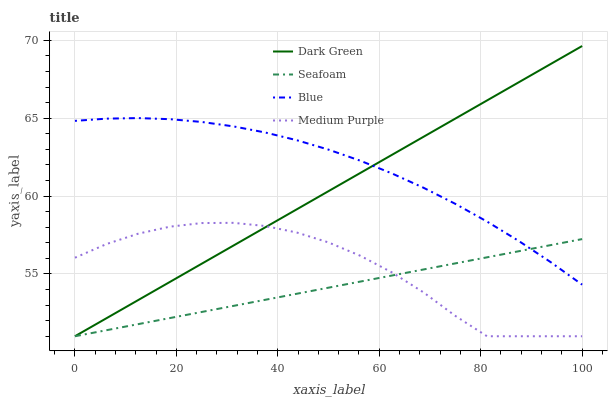
| xaxis_label | Dark Green | Seafoam | Blue | Medium Purple |
 | --- | --- | --- | --- | --- |
 | 0 | 51 | 51 | 64.8 | 56 |
 | 6.25 | 52.2 | 51.4 | 65 | 56.9 |
 | 12.5 | 53.3 | 51.8 | 65 | 57.6 |
 | 18.8 | 54.5 | 52.2 | 64.9 | 58 |
 | 25 | 55.7 | 52.6 | 64.8 | 58.3 |
 | 31.2 | 56.8 | 52.9 | 64.5 | 58.3 |
 | 37.5 | 58 | 53.3 | 64.1 | 58.1 |
 | 43.8 | 59.2 | 53.7 | 63.6 | 57.7 |
 | 50 | 60.3 | 54.1 | 63 | 57 |
 | 56.2 | 61.5 | 54.5 | 62.3 | 56.2 |
 | 62.5 | 62.6 | 54.9 | 61.5 | 55.1 |
 | 68.8 | 63.8 | 55.3 | 60.5 | 53.8 |
 | 75 | 65 | 55.7 | 59.5 | 52.3 |
 | 81.2 | 66.1 | 56.1 | 58.4 | 51 |
 | 87.5 | 67.3 | 56.5 | 57.1 | 51 |
 | 93.8 | 68.5 | 56.8 | 55.8 | 51 |
 | 100 | 69.6 | 57.2 | 54.3 | 51 |